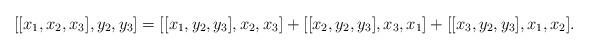
LaTeX: \begin{align*}[[x_1,x_2,x_3],y_2,y_3]=[[x_1,y_2,y_3],x_2,x_3] +[[x_2,y_2,y_3],x_3,x_1]+[[x_3,y_2,y_3],x_1,x_2].\end{align*}